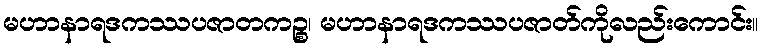
မဟာနာရဒကဿပဇာတကဉ္စ၊ မဟာနာရဒကဿပဇာတ်ကိုလည်းကောင်း။